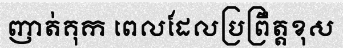
ញាត់គុក ពេលដែលប្រព្រឹត្តខុស